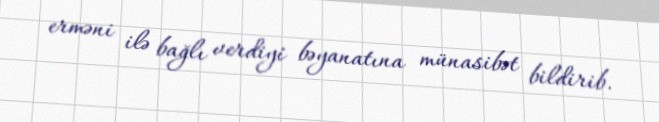
erməni ilə bağlı verdiyi bəyanatına münasibət bildirib.